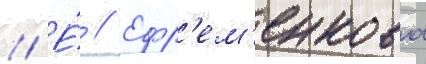
// Е́ // Ефр'ем'енкова